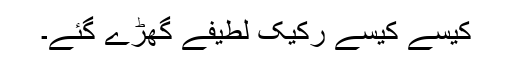
کیسے کیسے رکیک لطیفے گھڑے گئے۔